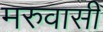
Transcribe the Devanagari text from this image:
मरुवासी